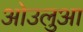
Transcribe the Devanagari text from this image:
ओउलुआ